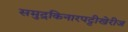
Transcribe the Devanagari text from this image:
समुद्रकिनारपट्टीखेरीज